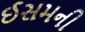
ઈસમની